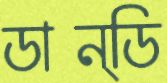
ডান্ডি